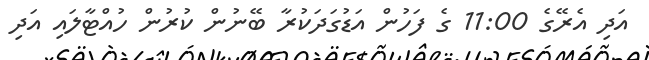
އަދި އެރޭގެ 11:00 ގެ ފަހުން އަޑުގަދަކުރާ ބޭނުން ކުރުން ހުއްޓާލައި އަދި